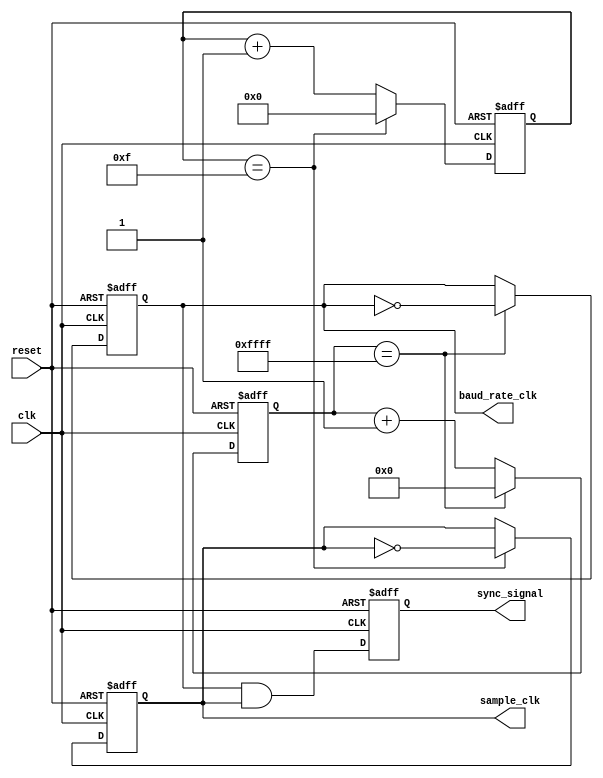
module uart_timing_control(
    input wire clk,
    input wire reset,
    output reg baud_rate_clk,
    output reg sample_clk,
    output reg sync_signal
);

reg [15:0] baud_counter;
reg [3:0] sample_counter;

always @(posedge clk or posedge reset) begin
    if (reset) begin
        baud_counter <= 16'h0000;
        sample_counter <= 4'b0000;
        baud_rate_clk <= 1'b0;
        sample_clk <= 1'b0;
        sync_signal <= 1'b0;
    end else begin
        // Baud rate clock generation
        if (baud_counter == 16'hFFFF) begin
            baud_counter <= 16'h0000;
            baud_rate_clk <= ~baud_rate_clk;
        end else begin
            baud_counter <= baud_counter + 1;
        end
        
        // Sampling clock generation
        if (sample_counter == 4'b1111) begin
            sample_counter <= 4'b0000;
            sample_clk <= ~sample_clk;
        end else begin
            sample_counter <= sample_counter + 1;
        end
        
        // Synchronization signal generation
        sync_signal <= baud_rate_clk & sample_clk;
    end
end

endmodule